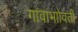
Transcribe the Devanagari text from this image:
गावाभाोवती